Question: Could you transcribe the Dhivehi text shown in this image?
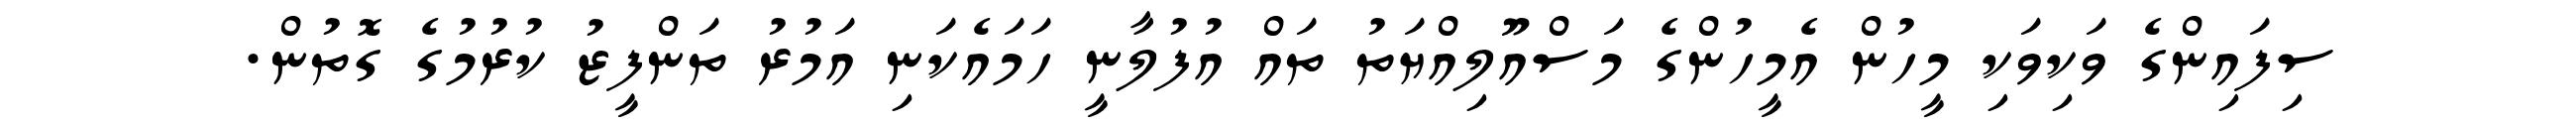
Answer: ސިފައިންގެ ވަކިވަކި މީހުން އެމީހުންގެ މަސްއޫލިއްޔަތު ތައް އުފުލާނީ ހަމައެކަނި އަމުރު ތަންފީޒު ކުރުމުގެ ގޮތުން.